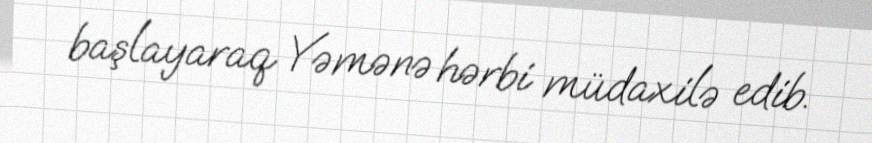
başlayaraq Yəmənə hərbi müdaxilə edib.